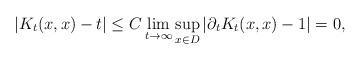
LaTeX: \begin{align*} |K_t(x,x)-t|\le C \lim_{t\to \infty}\sup_{x\in D}|\partial_t K_t(x,x)-1|=0,\end{align*}